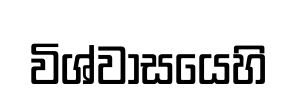
විශ්වාසයෙහි